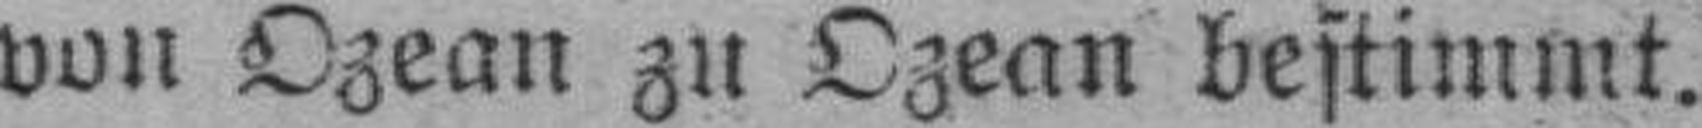
von Ozean zu Ozean bestimmt.